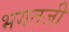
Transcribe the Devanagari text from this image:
भगतजी